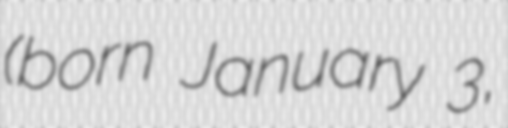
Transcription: (born January 3,